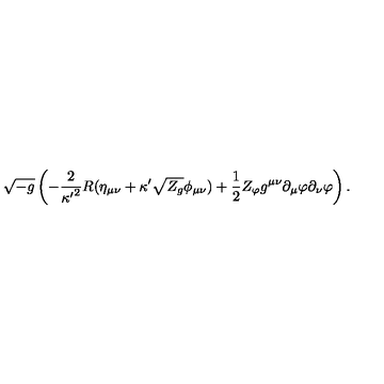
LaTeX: \sqrt { - g } \left( - { \frac { 2 } { { \kappa ^ { \prime } } ^ { 2 } } } R ( \eta _ { \mu \nu } + \kappa ^ { \prime } \sqrt { Z _ { g } } \phi _ { \mu \nu } ) + { \frac { 1 } { 2 } } Z _ { \varphi } g ^ { \mu \nu } \partial _ { \mu } \varphi \partial _ { \nu } \varphi \right) .